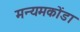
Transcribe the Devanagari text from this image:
मन्यमकोंडा